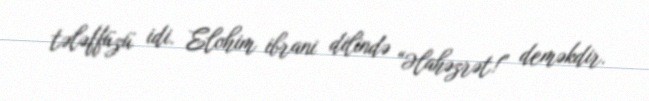
tələffüzü idi. Elohim ibrani dilində “Əlahəzrət!” deməkdir.